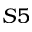
S 5